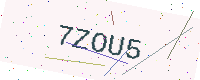
Text: 7ZOU5